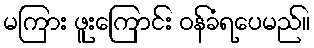
မကြား ဖူးကြောင်း ဝန်ခံရပေမည်။